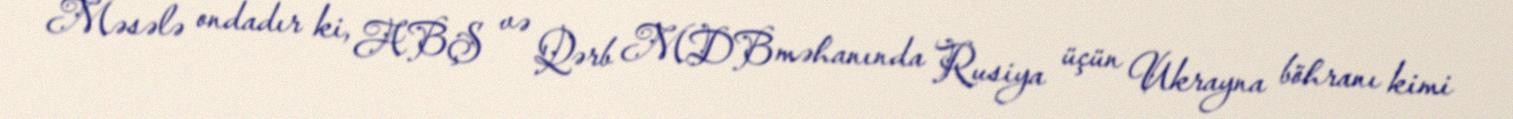
Məsələ ondadır ki, ABŞ və Qərb MDB məhanında Rusiya üçün Ukrayna böhranı kimi